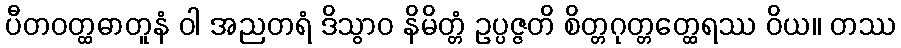
ပီတဝတ္ထဓာတူနံ ဝါ အညတရံ ဒိသွာဝ နိမိတ္တံ ဥပ္ပဇ္ဇတိ စိတ္တဂုတ္တတ္ထေရဿ ဝိယ။ တဿ